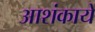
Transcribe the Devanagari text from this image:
आशंकायें